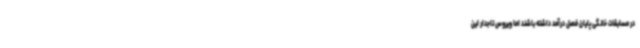
در مسابقات خانگی پایان فصل درآمد داشته باشند اما ویروس تاجدار این